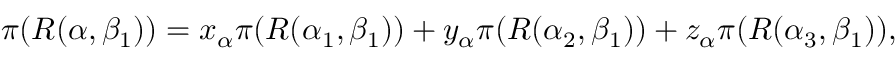
\pi ( R ( \alpha , \beta _ { 1 } ) ) = x _ { \alpha } \pi ( R ( \alpha _ { 1 } , \beta _ { 1 } ) ) + y _ { \alpha } \pi ( R ( \alpha _ { 2 } , \beta _ { 1 } ) ) + z _ { \alpha } \pi ( R ( \alpha _ { 3 } , \beta _ { 1 } ) ) ,